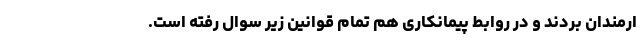
ارمندان بردند و در روابط پیمانکاری هم تمام قوانین زیر سوال رفته است.